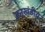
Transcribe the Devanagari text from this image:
अनुखंडीय